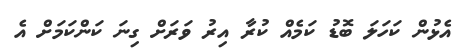
އެޅުން ކަހަލަ ބޮޑު ކަމެއް ކުރާ އިރު ވަރަށް ގިނަ ކަންކަމަށް އެ